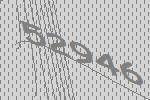
52946